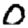
Digit: 0